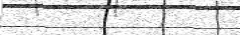
٤٠